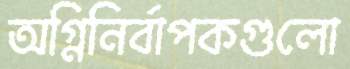
অগ্নিনির্বাপকগুলো